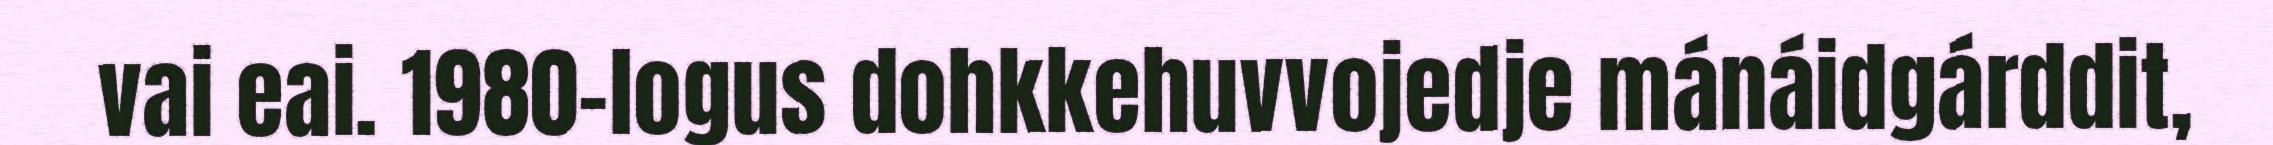
vai eai. 1980-logus dohkkehuvvojedje mánáidgárddit,